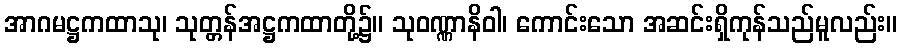
အာဂမဋ္ဌကထာသု၊ သုတ္တန်အဋ္ဌကထာတို့၌။ သုဝဏ္ဏာနိဝါ၊ ကောင်းသော အဆင်းရှိကုန်သည်မူလည်း။